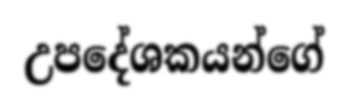
උපදේශකයන්ගේ